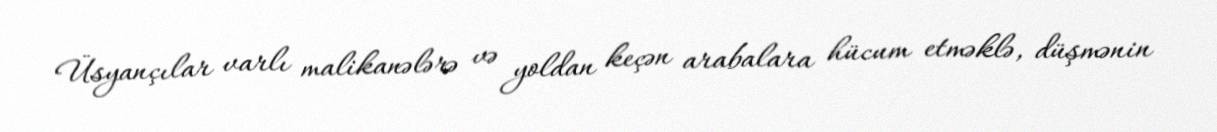
Üsyançılar varlı malikanələrə və yoldan keçən arabalara hücum etməklə, düşmənin